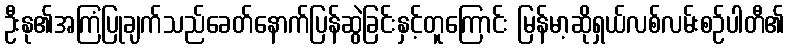
ဦးနု၏အကြံပြုချက်သည်ခေတ်နောက်ပြန်ဆွဲခြင်းနှင့်တူကြောင်း မြန်မာ့ဆိုရှယ်လစ်လမ်းစဉ်ပါတီ၏